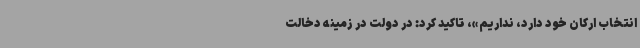
انتخاب ارکان خود دارد، نداریم»، تاکید کرد: در دولت در زمینه دخالت